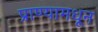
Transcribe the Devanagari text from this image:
प्राण्यामधून